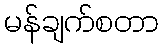
မန်ချက်စတာ